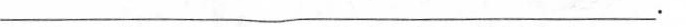
________________________________________。